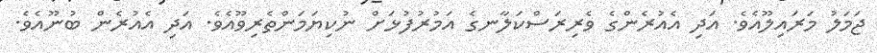
ޖަމަލު މަރައިލޫއެވެ. އަދި އެއުރެންގެ ވެރިރަސްކަލާނގެ އަމުރުފުޅަށް ނުކިޔަމަންތެރިވޫއެވެ. އަދި އެއުރެން ބުނޫއެވެ.